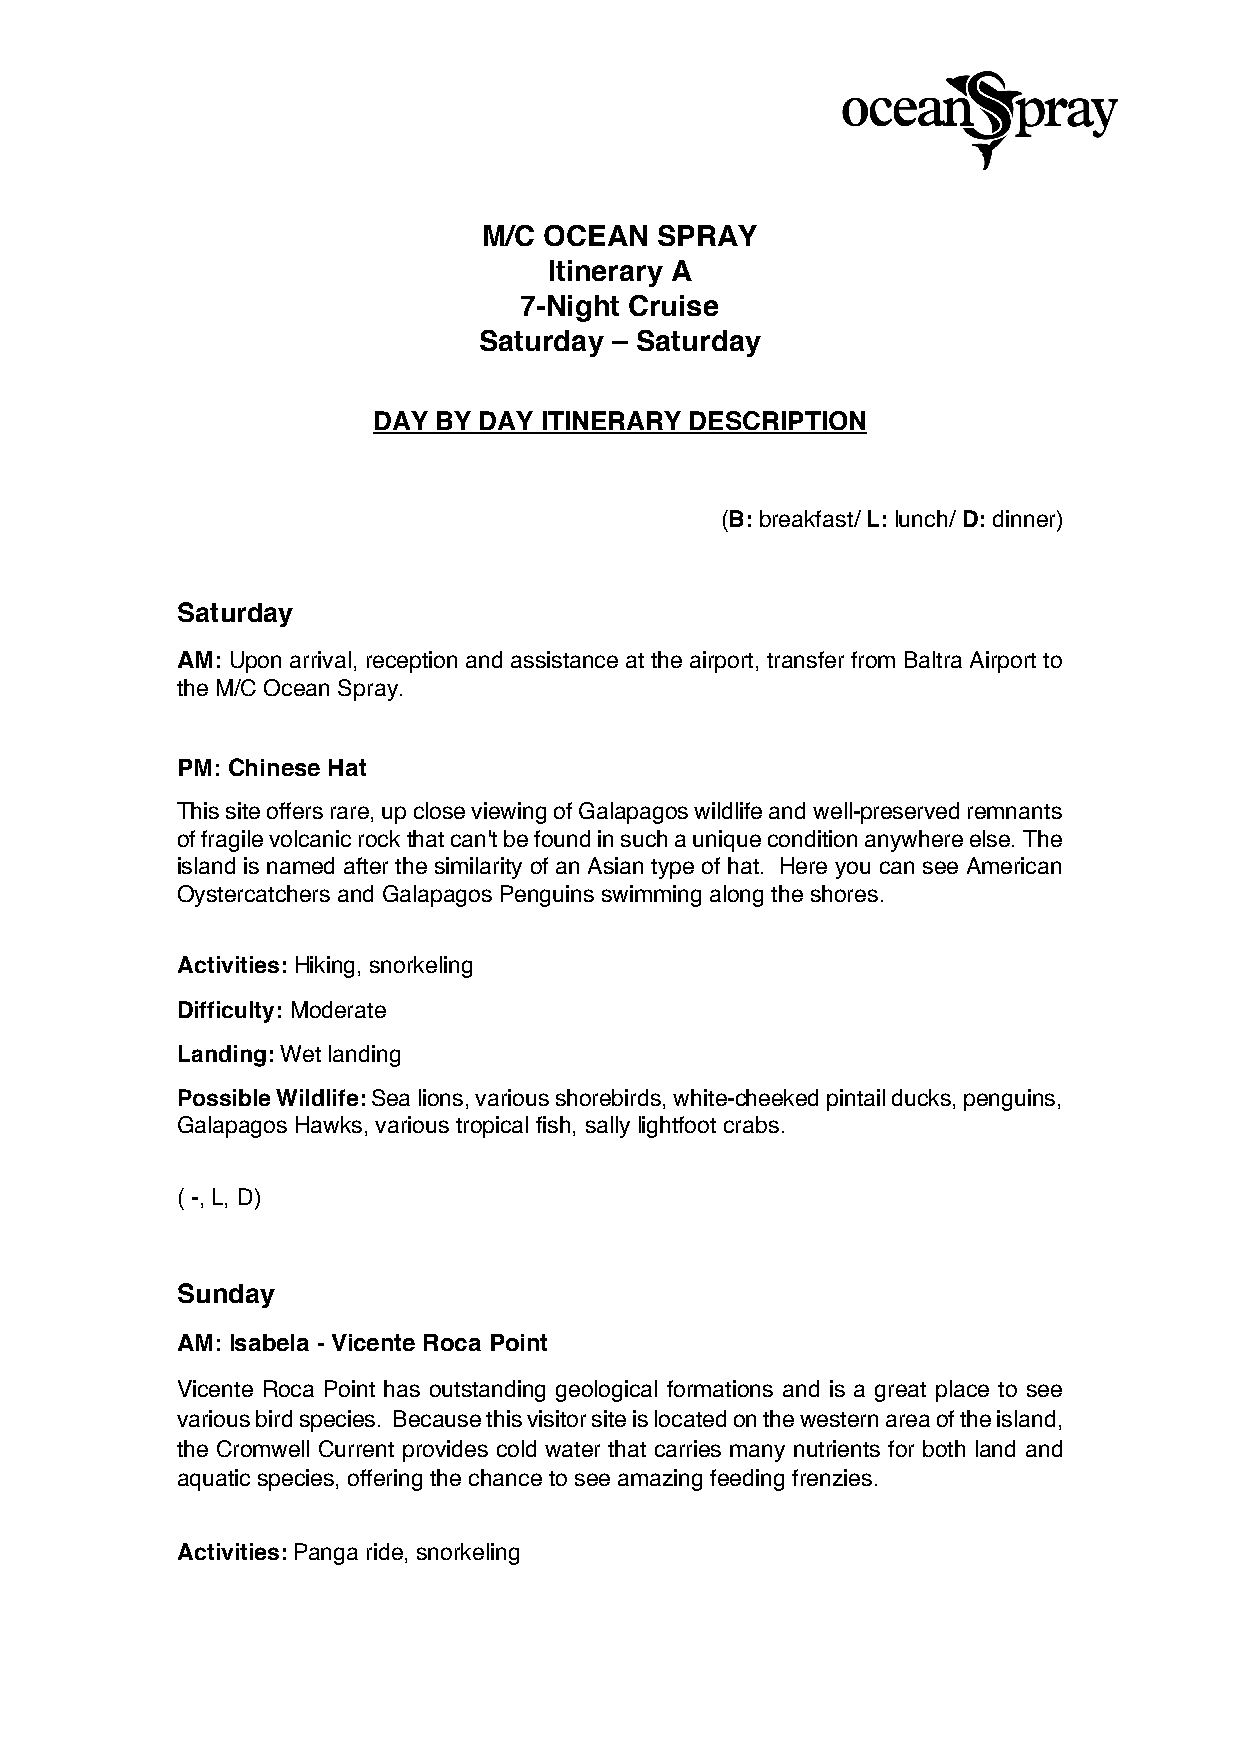
M/C OCEAN  SPRAY
 Itinerary A
 7-Night Cruise
 Saturday – Saturday
 DAY BY DAY ITINERARY DESCRIPTION
 (B: breakfast/ L: lunch/ D: dinner)
 Saturday
 AM: Upon arrival, reception and assistance at the airport, transfer from Baltra Airport to
 the M/C Ocean Spray.
 PM: Chinese Hat
 This site offers rare, up close viewing of Galapagos wildlife and well-preserved remnants
 of fragile volcanic rock that can't be found in such a unique condition anywhere else. The
 island is named after the similarity of an Asian type of hat. Here you can see American
 Oystercatchers and Galapagos Penguins swimming along the shores.
 Activities: Hiking, snorkeling
 Difficulty: Moderate
 Landing: Wet landing
 Possible Wildlife: Sea lions, various shorebirds, white-cheeked pintail ducks, penguins,
 Galapagos Hawks, various tropical fish, sally lightfoot crabs.
 ( -, L, D)
 Sunday
 AM: Isabela - Vicente Roca Point
 Vicente Roca Point has outstanding geological formations and is a great place to see
 various bird species. Because this visitor site is located on the western area of the island,
 the Cromwell Current provides cold water that carries many nutrients for both land and
 aquatic species, offering the chance to see amazing feeding frenzies.
 Activities: Panga ride, snorkeling